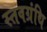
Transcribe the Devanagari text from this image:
स्तवग्रंथि